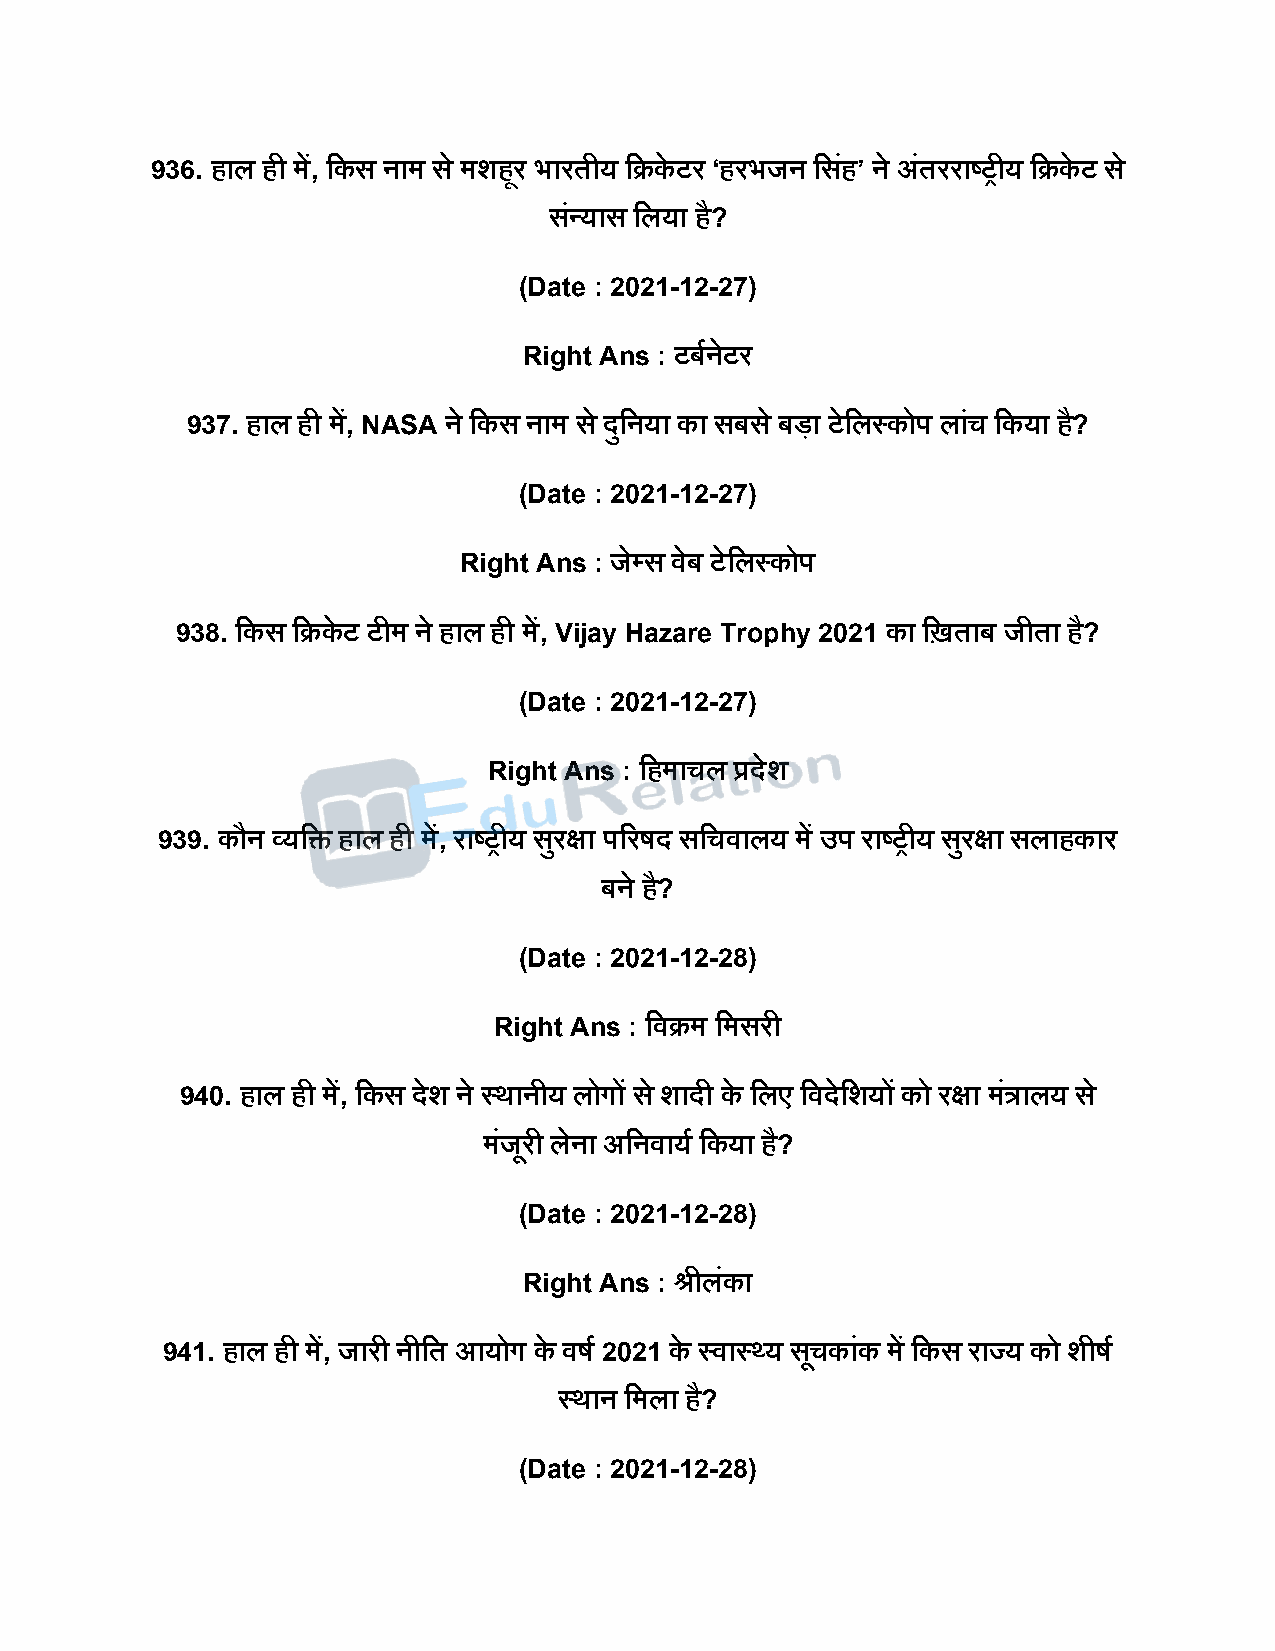
936. हाल ही में, दकस नाम स े मशहूर भारतीय दक्रके टर ‘हरभजन दसहं ’ ने अंतरराष्ट्रीय दक्रके ट स े
 सन्ं यास दलया है?
 (Date : 2021-12-27)
 Right Ans : टबषनेटर
 937. हाल ही में, NASA ने दकस नाम स े िुदनया का सबस े बिा टेदलस्कोि लांच दकया ह?ै
 (Date : 2021-12-27)
 Right Ans : जेपस वेब टेदलस्कोि
 938. दकस दक्रके ट टीम ने हाल ही में, Vijay Hazare Trophy 2021 का दिताब जीता है?
 (Date : 2021-12-27)
 Right Ans : दहमाचल प्रिेश
 939. कौन व्यदि हाल ही में, राष्ट्रीय सरु क्षा िररर्ि सदचवालय में उि राष्ट्रीय सरु क्षा सलाहकार
 बने है?
 (Date : 2021-12-28)
 Right Ans : दवक्रम दमसरी
 940. हाल ही में, दकस िेश ने स्थानीय लोगों स े शािी के दलए दविेदशयों को रक्षा मत्रं ालय स े
 मंजूरी लेना अदनवायष दकया है?
 (Date : 2021-12-28)
 Right Ans : श्रीलंका
 941. हाल ही में, जारी नीदत आयोग के वर्ष 2021 के स्वास््य सचू कांक में दकस राज्य को शीर्ष
 स्थान दमला है?
 (Date : 2021-12-28)